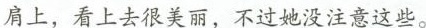
肩上，看上去很美丽，不过她没注意这些。